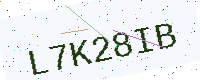
Text: L7K28IB